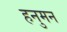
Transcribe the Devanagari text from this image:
हनुमन